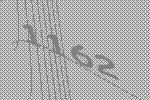
1162